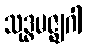
သုဒ္ဓမဇ္ဈဂါ